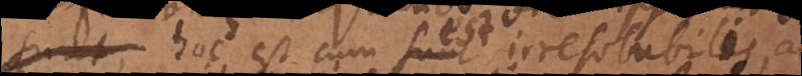
ipsius, hoc est cum est irresolubilis ac